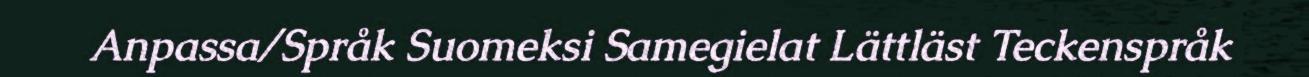
Anpassa/Språk Suomeksi Samegielat Lättläst Teckenspråk